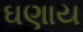
ઘણાય